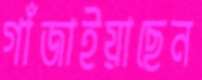
গাঁজাইয়াছেন